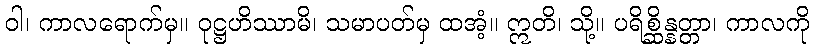
ဝါ၊ ကာလရောက်မှ။ ဝုဋ္ဌဟိဿာမိ၊ သမာပတ်မှ ထအံ့။ ဣတိ၊ သို့။ ပရိစ္ဆိန္နတ္တာ၊ ကာလကို